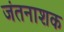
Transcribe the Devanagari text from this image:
जंतनाशक